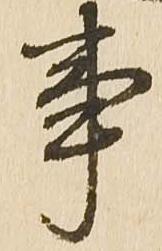
事